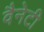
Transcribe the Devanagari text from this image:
वैनेटी